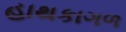
હાથકાગળ